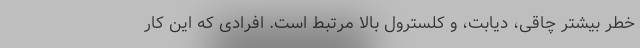
خطر بیشتر چاقی، دیابت، و کلسترول بالا مرتبط است. افرادی که این کار